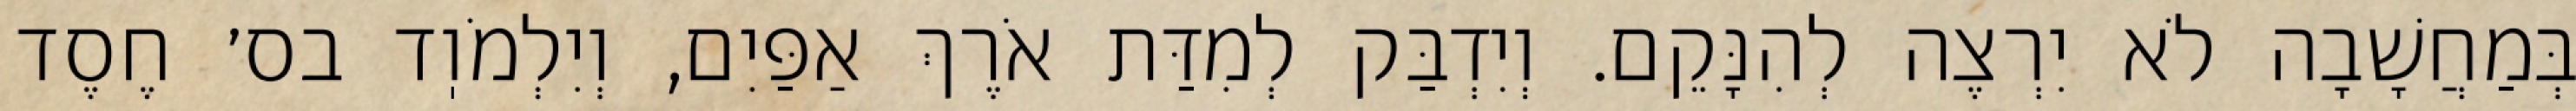
בְּמַחֲשָׁבָה לֹא יִרְצֶה לְהִנָּקֵם. וְיִדְבַּק לְמִדַּת אֹרֶךְ אַפַּיִם, וְיִלְמֹוֽד בס׳ חֶסֶד